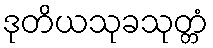
ဒုတိယသုခသုတ္တံ